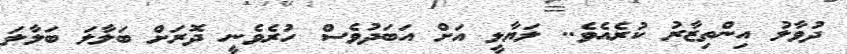
ދުވާލު އިންތިޒާރު ކުރެއެވެ.. ލަޔާލީ އަށް އަބަދުވެސް ހުރެވެނީ ދޮރަށް ބަލާލަ ބަލާލަ